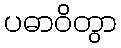
ပဓာဝိတွာ